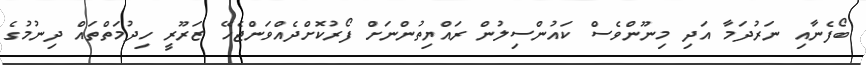
ބޯފެނާއި ނަރުދަމާ އަދި މިނޫންވެސް ކައުންސިލުން ރައްޔިތުންނަށް ފޯރުކޮށްދެއްވަންޖެހޭ ޒަރޫރީ ހިދުމަތްތައް ދިނުމުގެ